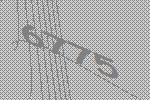
6775